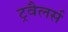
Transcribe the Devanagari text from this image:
ट्रवैलर्स